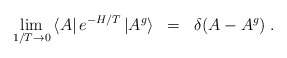
\begin{align*}\lim_{1/T\rightarrow0}\left< A\right| e^{-H/T}\left|A^g\right>\; \; = \; \; \delta(A-A^g) \; .\end{align*}